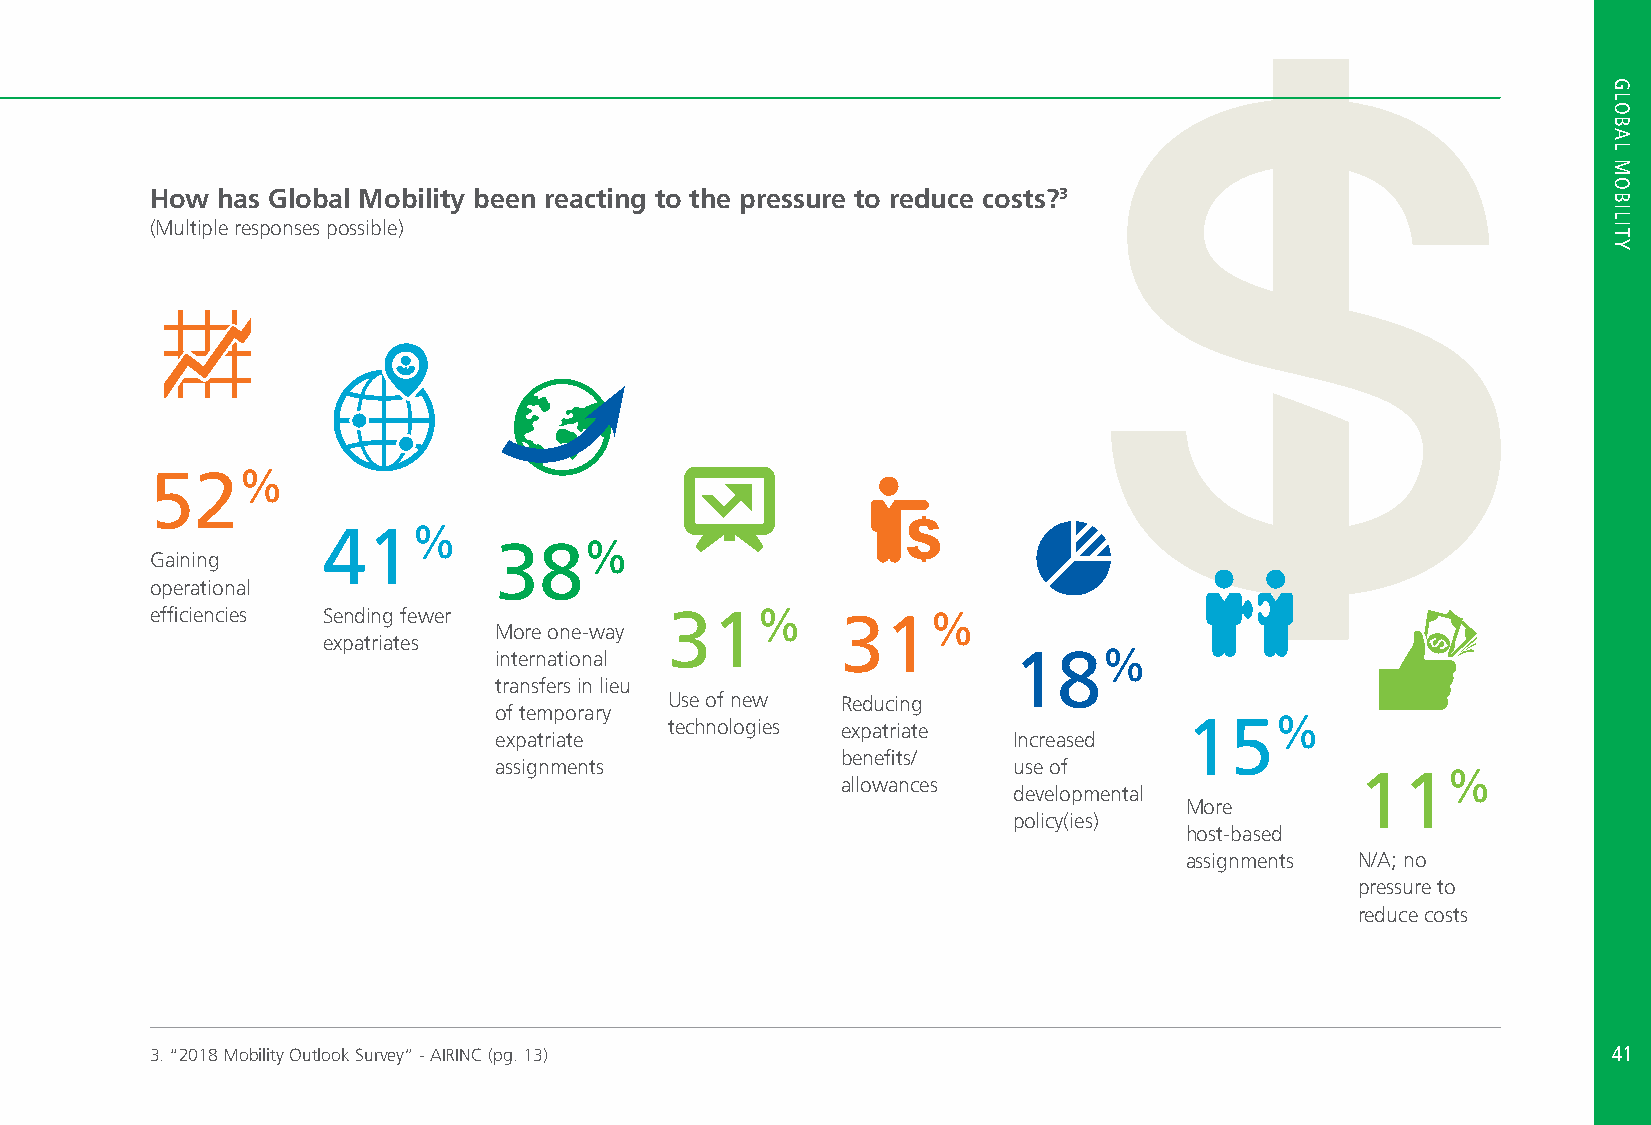
How has Global Mobility been reacting to the pressure to reduce costs?3
 (Multiple responses possible)
 52%
 41%
 38%
 Gaining
 operational
 efficiencies Sending fewer        31%         31%
 More one-way
 expatriates
 international                     18%
 transfers in lieu
 Use of new  Reducing
 of temporary
 technologies expatriate           15%
 expatriate                        Increased
 benefits/
 assignments                       use of
 11%
 allowances
 developmental
 More
 policy(ies)
 host-based
 assignments N/A; no
 pressure to
 reduce costs
 3. “2018 Mobility Outlook Survey” - AIRINC (pg. 13)                                              4411
 HGRLO
 HBOATL
 TMOOPIBCISL
 ITY